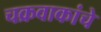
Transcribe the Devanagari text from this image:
चक्रवाकांचे